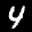
Label: 4